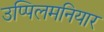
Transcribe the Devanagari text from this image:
उप्पिलमनियार